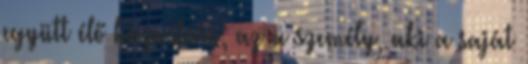
együtt élő házastárs; az a személy, aki a saját